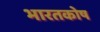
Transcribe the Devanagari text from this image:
भारतकोष